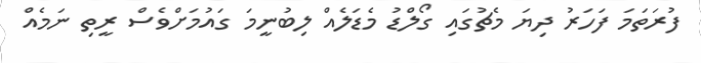
ފުރަތަމަ ފަހަރު ދިޔަ މެޗުގައި ގޯލްޑު މެޑަލެއް ލިބުނީމަ ގައުމަށްވެސް ރީތި ނަމެއް